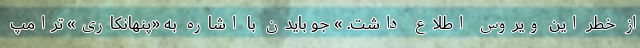
از خطر این ویروس اطلاع داشت. » جو بایدن با اشاره به «پنهانکاری» ترامپ